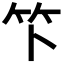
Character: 𫁰